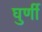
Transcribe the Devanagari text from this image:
घुर्णी